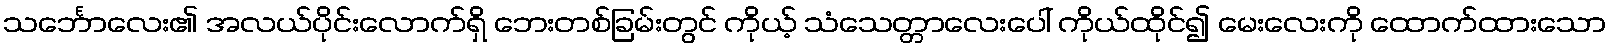
သင်္ဘောလေး၏ အလယ်ပိုင်းလောက်ရှိ ဘေးတစ်ခြမ်းတွင် ကိုယ့် သံသေတ္တာလေးပေါ် ကိုယ်ထိုင်၍ မေးလေးကို ထောက်ထားသော